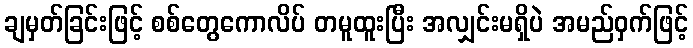
ချမှတ်ခြင်းဖြင့် စစ်တွေကောလိပ် တမူထူးပြီး အလျှင်းမရှိပဲ အမည်ဝှက်ဖြင့်